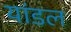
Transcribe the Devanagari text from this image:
यांडल